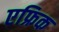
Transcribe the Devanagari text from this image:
एफ्रिक